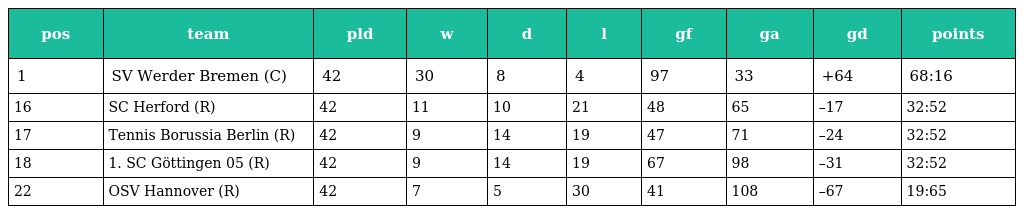
| pos | team | pld | w | d | l | gf | ga | gd | points |
 | --- | --- | --- | --- | --- | --- | --- | --- | --- | --- |
 | 1 | SV Werder Bremen (C) | 42 | 30 | 8 | 4 | 97 | 33 | +64 | 68:16 |
 | 16 | SC Herford (R) | 42 | 11 | 10 | 21 | 48 | 65 | –17 | 32:52 |
 | 17 | Tennis Borussia Berlin (R) | 42 | 9 | 14 | 19 | 47 | 71 | –24 | 32:52 |
 | 18 | 1. SC Göttingen 05 (R) | 42 | 9 | 14 | 19 | 67 | 98 | –31 | 32:52 |
 | 22 | OSV Hannover (R) | 42 | 7 | 5 | 30 | 41 | 108 | –67 | 19:65 |